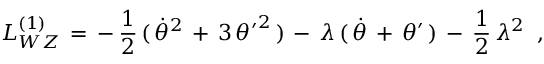
{ \cal L } _ { W Z } ^ { ( 1 ) } \, = \, - \, { \frac { 1 } { 2 } } \, ( \, \dot { \theta } ^ { 2 } \, + \, 3 \, { \theta ^ { \prime } } ^ { 2 } \, ) \, - \, \lambda \, ( \, \dot { \theta } \, + \, \theta ^ { \prime } \, ) \, - \, { \frac { 1 } { 2 } } \, \lambda ^ { 2 } \; \; ,